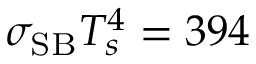
\sigma _ { \mathrm { S B } } T _ { s } ^ { 4 } = 3 9 4